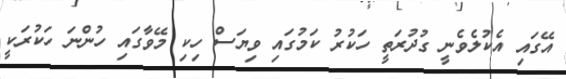
އޭގައި އެކުލެވެނީ ގުދުރަތީ ހަކުރު ކަމުގައި ވިޔަސް ހިކި މޭވާގައި ހުންނަ ހަކުރަކީ